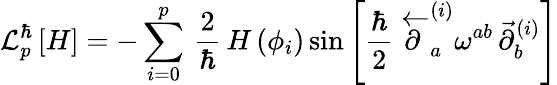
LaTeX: {\cal L}_{p}^{\hbar}\left[H\right]=-\sum_{i=0}^{p}\, \frac{2}{\hbar}\, H\left(\phi_{i}\right)\sin\left[\frac{\hbar}{2}\, \stackrel{\leftarrow}{\partial}_{a}^{(i)}\omega^{ab}\, \stackrel{\rightarrow}{\partial}_{b}^{(i)}\right]